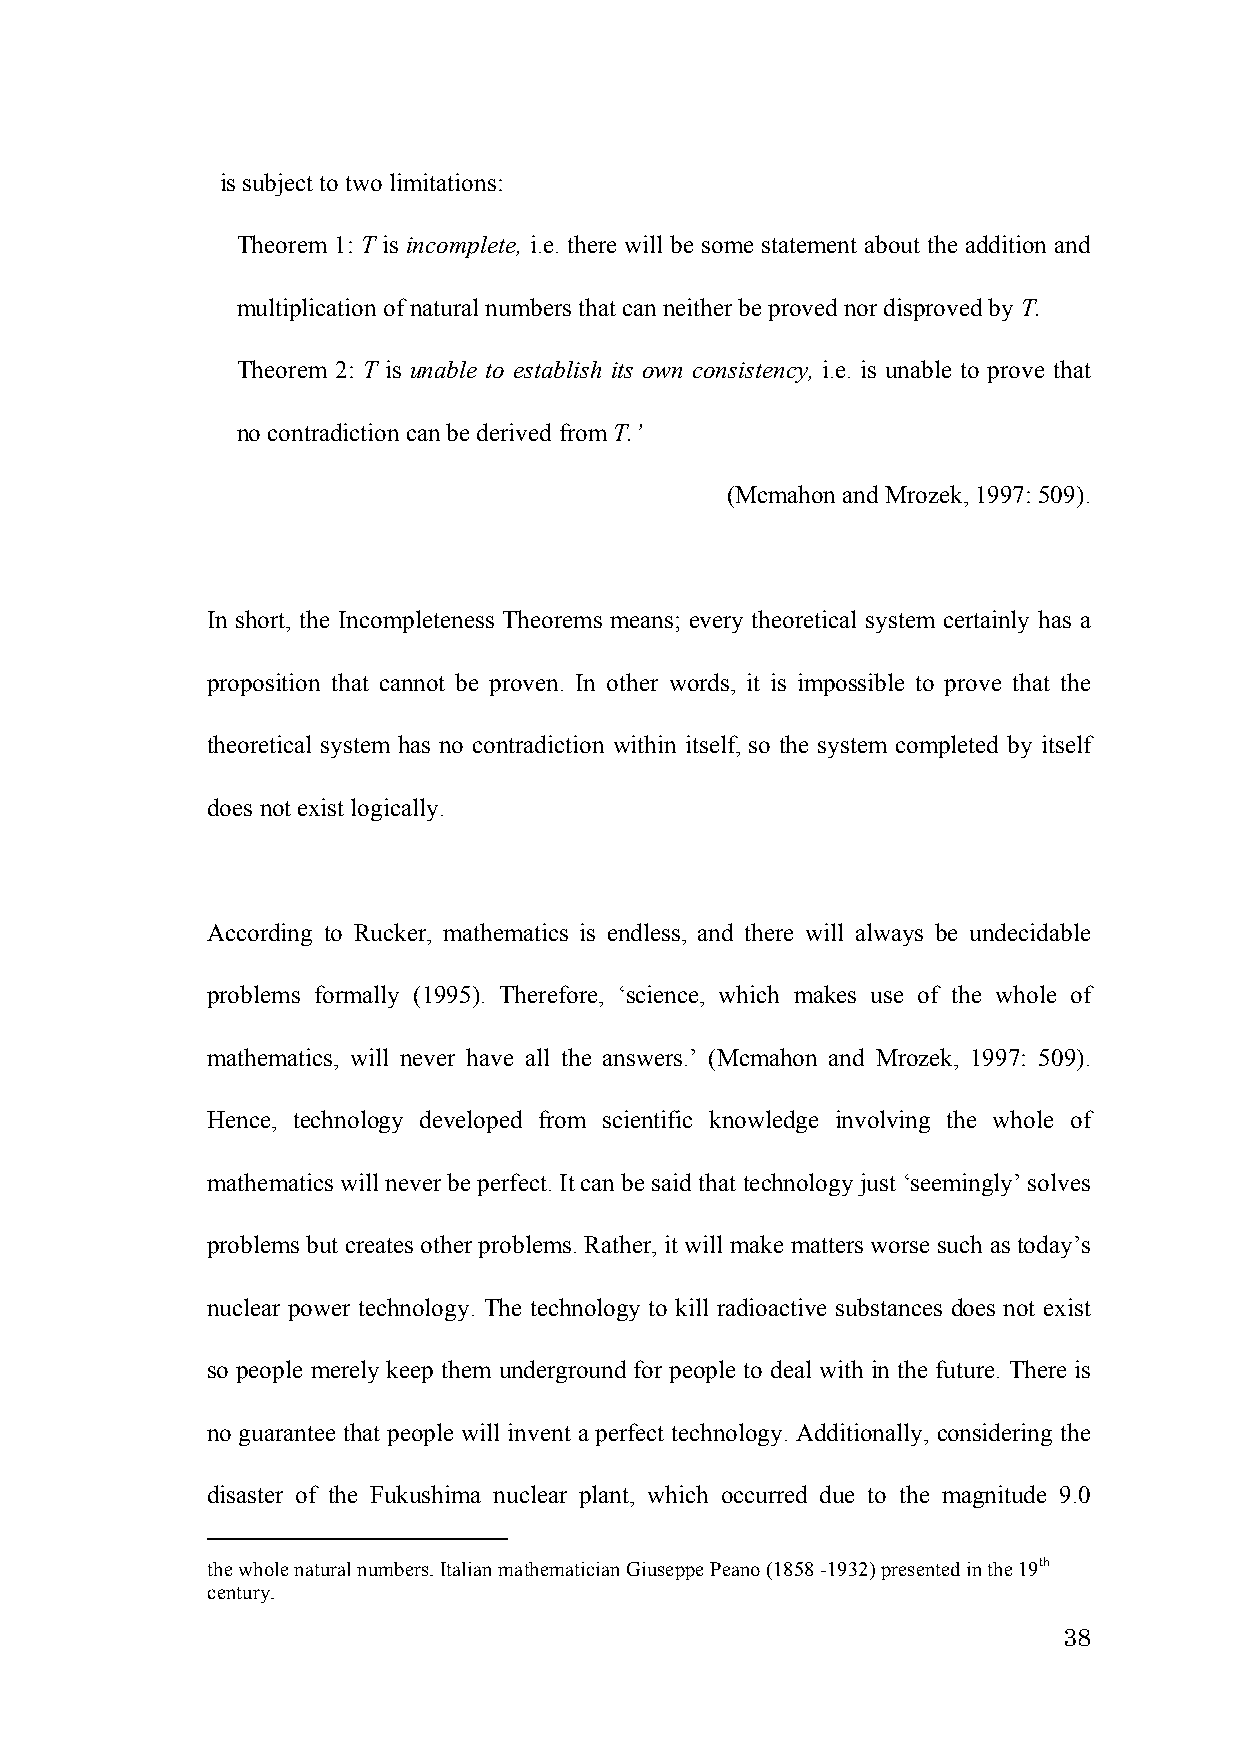
is subject to two limitations:
 Theorem 1: T is incomplete, i.e. there will be some statement about the addition and
 multiplication of natural numbers that can neither be proved nor disproved by T.
 Theorem 2: T is unable to establish its own consistency, i.e. is unable to prove that
 no contradiction can be derived from T.’
 (Mcmahon and Mrozek, 1997: 509).
 In short, the Incompleteness Theorems means; every theoretical system certainly has a
 proposition that cannot be proven. In other words, it is impossible to prove that the
 theoretical system has no contradiction within itself, so the system completed by itself
 does not exist logically.
 According to Rucker, mathematics is endless, and there will always be undecidable
 problems formally (1995). Therefore, ‘science, which makes use of the whole of
 mathematics, will never have all the answers.’ (Mcmahon and Mrozek, 1997: 509).
 Hence, technology developed from scientific knowledge involving the whole of
 mathematics will never be perfect. It can be said that technology just ‘seemingly’ solves
 problems but creates other problems. Rather, it will make matters worse such as today’s
 nuclear power technology. The technology to kill radioactive substances does not exist
 so people merely keep them underground for people to deal with in the future. There is
 no guarantee that people will invent a perfect technology. Additionally, considering the
 disaster of the Fukushima nuclear plant, which occurred due to the magnitude 9.0
 the whole natural numbers. Italian mathematician Giuseppe Peano (1858 -1932) presented in the 19th
 century.
 38